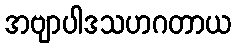
အဗျာပါဒသဟဂတာယ